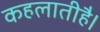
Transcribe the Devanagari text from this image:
कहलातीहै।